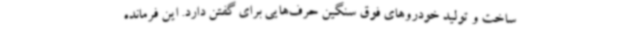
ساخت و تولید خودروهای فوق سنگین حرف‌هایی برای گفتن دارد. این فرمانده